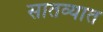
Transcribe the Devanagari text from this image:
सातव्यात